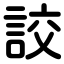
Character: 詨